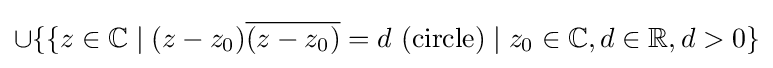
\cup \{\{z\in \mathbb {C} \mid (z-z_{0}){\overline {(z-z_{0})}}=d\ {\text{(circle)}}\mid z_{0}\in \mathbb {C} ,d\in \mathbb {R} ,d>0\}